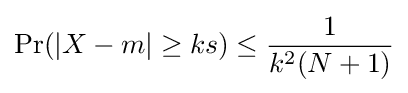
\Pr(|X-m|\geq ks)\leq {\frac {1}{k^{2}(N+1)}}